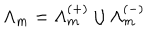
\Lambda _ { m } = \Lambda _ { m } ^ { ( + ) } \cup \Lambda _ { m } ^ { ( - ) }